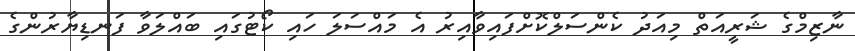
ނާޒިމްގެ ޝަރީއަތް މިއަދު ކެންސަލްކޮށްފައިވާއިރު އެ މައްސަލަ ހައި ކޯޓުގައި ބައްލަވާ ފަނޑިޔާރުންގެ